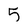
Character: 5